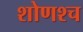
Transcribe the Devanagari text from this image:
शोणश्च